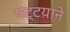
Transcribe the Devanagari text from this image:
पट्टय़ाने